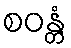
စဝန္တံ